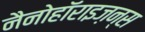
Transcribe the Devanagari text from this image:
नैनोहॉराइज़न्स